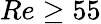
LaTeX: Re\ge 55